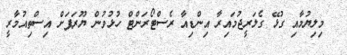
މިލިޔުމާއި ގުޅޭ ގެލަރީޖުމައިރާ އިންޑިއާ ރެސްޓޯރަންޓް ހުޅުވުން ޔޫރަޕަށް އިސްތިއުމާރީ